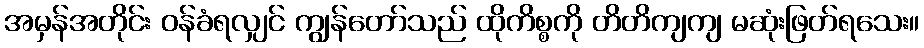
အမှန်အတိုင်း ဝန်ခံရလျှင် ကျွန်တော်သည် ထိုကိစ္စကို တိတိကျကျ မဆုံးဖြတ်ရသေး။